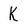
Character: K